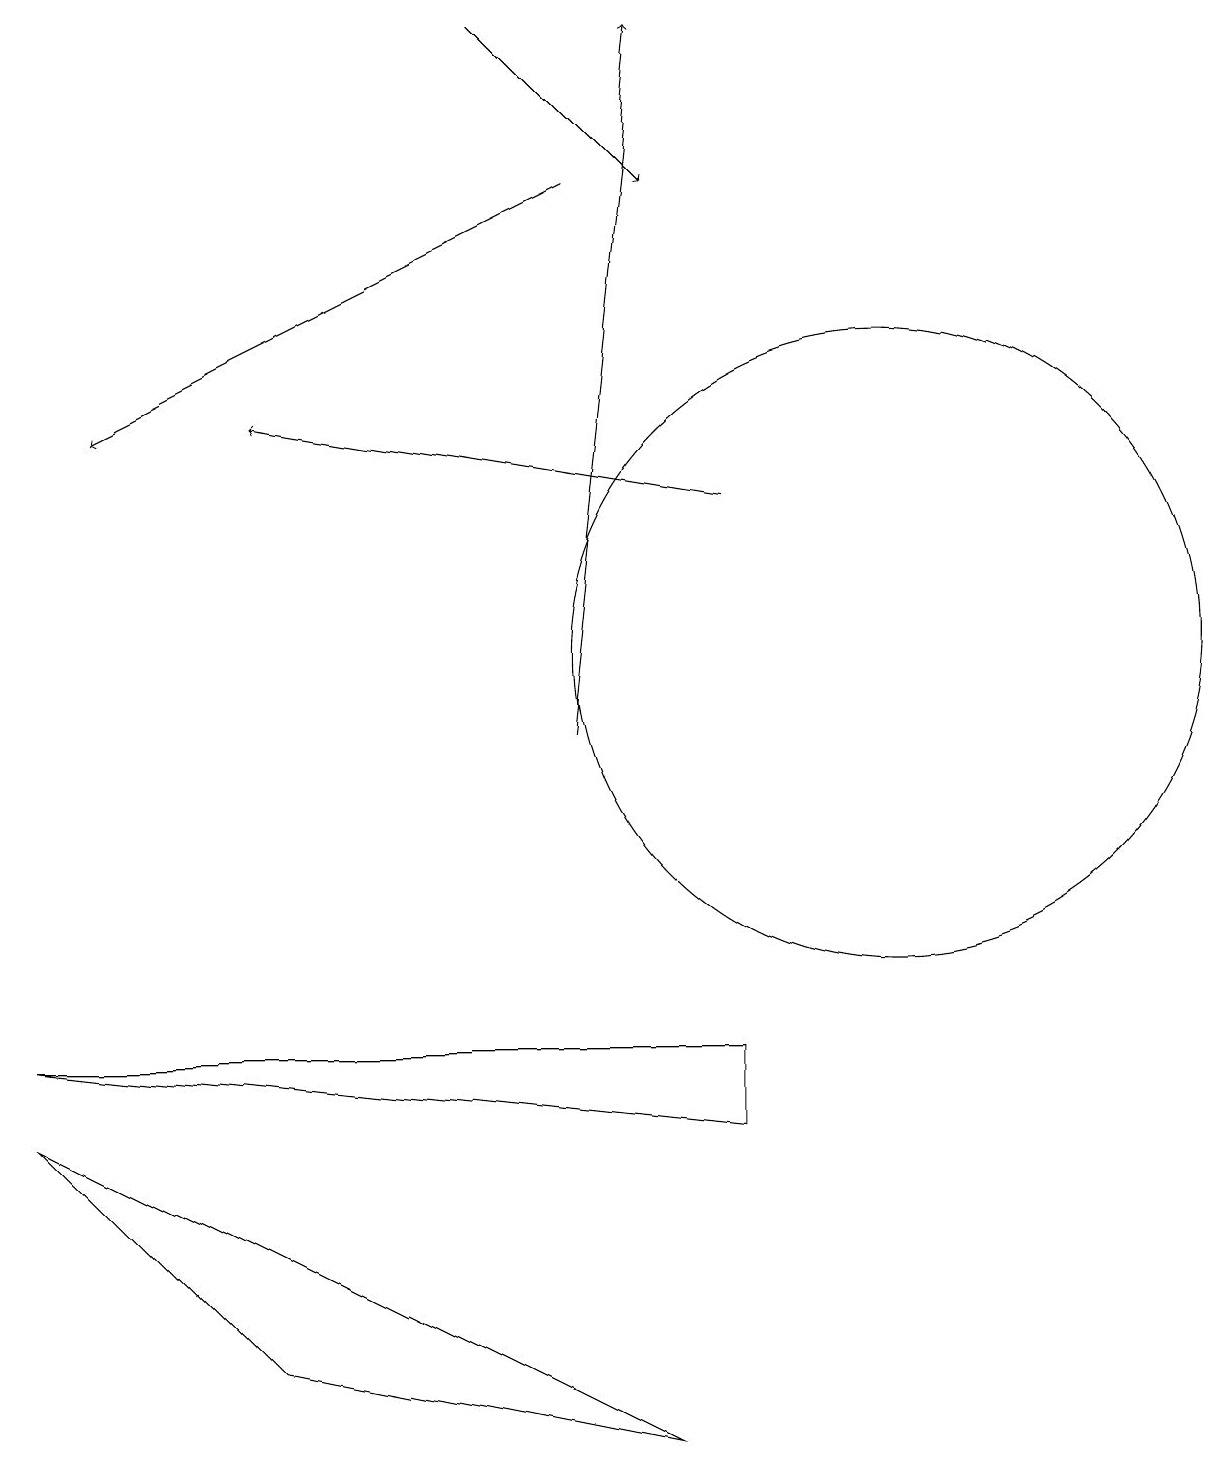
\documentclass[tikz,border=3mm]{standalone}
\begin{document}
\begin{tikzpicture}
\draw[->] (6,19) -- (8,17);
\draw[->] (7,17) -- (1,14);
\draw (11,11) circle (4);
\draw[->] (7,10) -- (8,19);
\draw[->] (9,13) -- (3,14);
\draw (9,5) -- (9,6) -- (0,6) -- cycle;
\draw (0,5) -- (8,1) -- (3,2) -- cycle;
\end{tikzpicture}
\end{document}